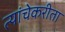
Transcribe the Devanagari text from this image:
त्यांचेकरीता